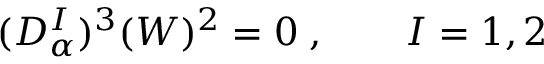
( D _ { \alpha } ^ { I } ) ^ { 3 } ( W ) ^ { 2 } = 0 \; , \qquad I = 1 , 2